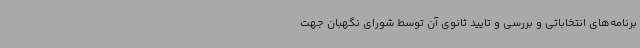
برنامه‌های انتخاباتی و بررسی و تایید ثانوی آن توسط شورای نگهبان جهت